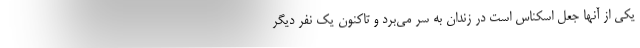
یکی از آنها جعل اسکناس است در زندان به سر می‌برد و تاکنون یک نفر دیگر